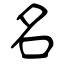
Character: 名